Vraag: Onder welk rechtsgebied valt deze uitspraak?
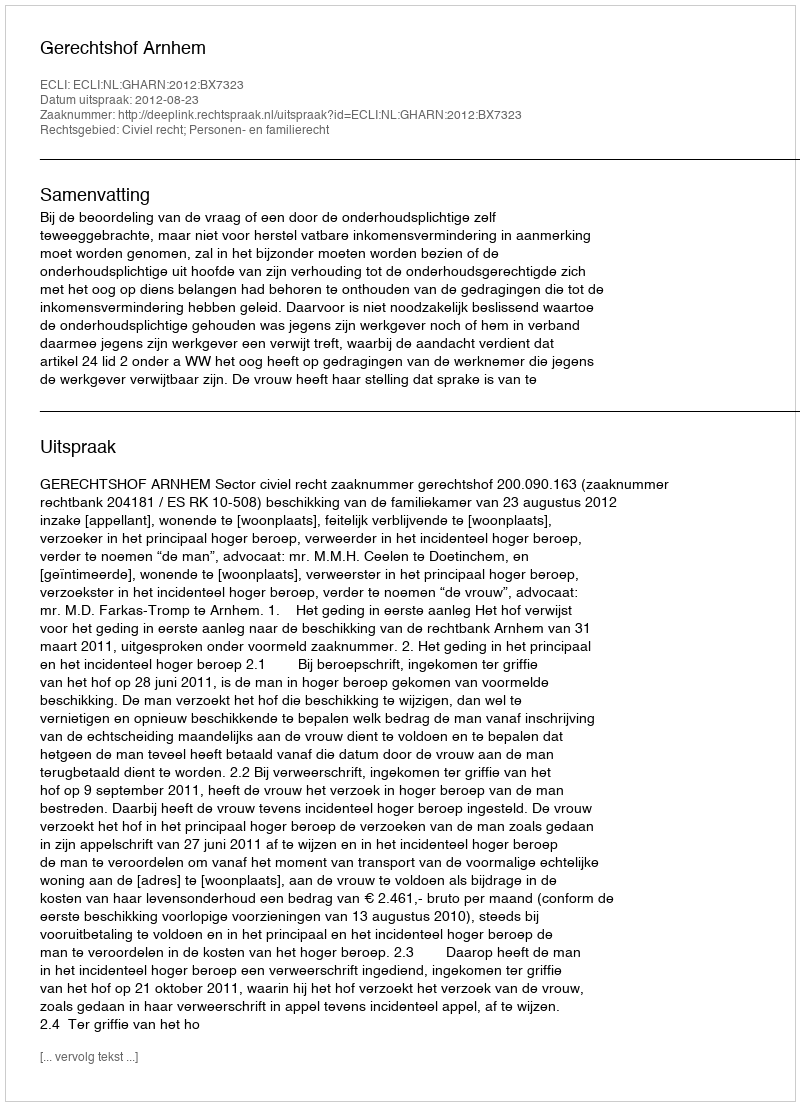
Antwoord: Civiel recht; Personen- en familierecht